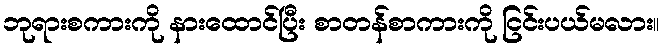
ဘုရားစကားကို နားထောင်ပြီး စာတန်စာကားကို ငြင်းပယ်မလား။